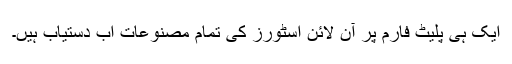
ایک ہی پلیٹ فارم پر آن لائن اسٹورز کی تمام مصنوعات اب دستیاب ہیں۔